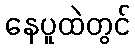
နေပူထဲတွင်